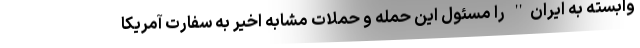
وابسته به ایران'' را مسئول این حمله و حملات مشابه اخیر به سفارت آمریکا